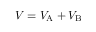
V = V _ { \mathrm { { A } } } + V _ { \mathrm { { B } } }